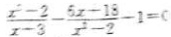
\frac { x ^ { 2 } - 2 } { x - 3 } - \frac { 5 x - 1 8 } { x ^ { 2 } - 2 } - 1 = 0